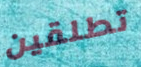
تطلقين